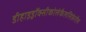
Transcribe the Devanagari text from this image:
डीहाइड्रॉक्सीकोलेकैलसिफ़ेरॉल